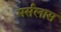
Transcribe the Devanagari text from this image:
मर्सलास